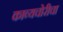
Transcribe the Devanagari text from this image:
काव्यचोरीचा